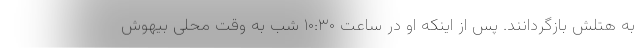
به هتلش بازگردانند. پس از اینکه او در ساعت ۱۰:۳۰ شب به وقت محلی بیهوش